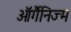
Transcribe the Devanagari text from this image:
ऑर्गैनिज्म